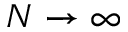
N \to \infty